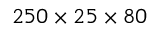
2 5 0 \times 2 5 \times 8 0